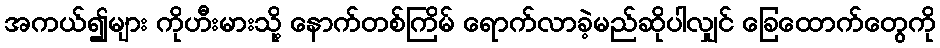
အကယ်၍များ ကိုဟီးမားသို့ နောက်တစ်ကြိမ် ရောက်လာခဲ့မည်ဆိုပါလျှင် ခြေထောက်တွေကို